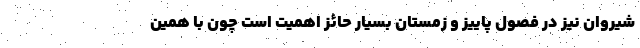
شیروان نیز در فصول پاییز و زمستان بسیار حائز اهمیت است چون با همین